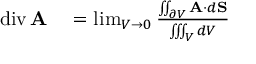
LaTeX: \begin{array} { r l } { \operatorname { d i v } \mathbf { A } } & { { } = \operatorname* { l i m } _ { V \to 0 } { \frac { \iint _ { \partial V } \mathbf { A } \cdot d \mathbf { S } } { \iiint _ { V } d V } } } \end{array}